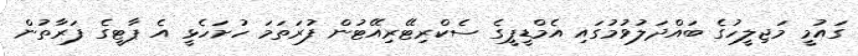
ގައުމީ މަޖިލީހުގެ ބައްދަލުވުމުގައި އެމްޑީޕީގެ ސެކްރިޓޭރިއޭޓުން ފުރަތަމަ ހުށަހެޅީ އެ ޕާޓީގެ ފަރާތުން